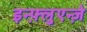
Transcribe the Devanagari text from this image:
इन्फ़्लुएन्ज़े